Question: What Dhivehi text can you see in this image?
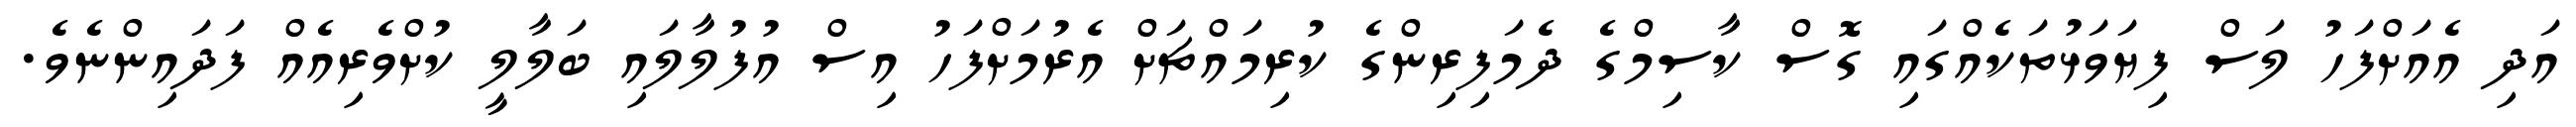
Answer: އަދި އެއަށްފަހު ލަސް ފިޔަވަޅުތަކެއްގައި ގޮސް ކާސިމްގެ ދެމަފިރިންގެ ކުރިމައްޗަށް އެރުމަށްފަހު އިސް އުފުލާލައި ބަލާލީ ކުށްވެރިއެއް ފަދައިންނެވެ.